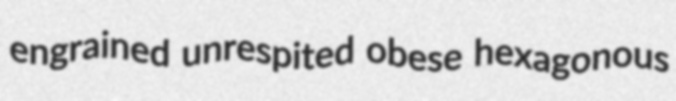
engrained unrespited obese hexagonous